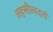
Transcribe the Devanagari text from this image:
तहसीलदरों